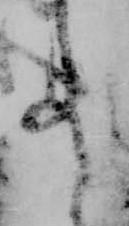
事